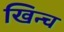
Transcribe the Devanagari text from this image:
खिन्च